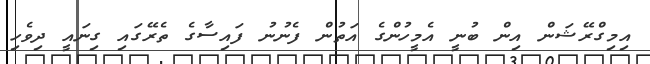
އިމިގްރޭޝަން އިން ބުނީ އެމީހުންގެ އަތުން ފެނުނު ފައިސާގެ ތެރޭގައި ގިނައީ ދިވެހި